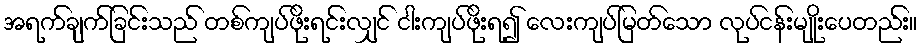
အရက်ချက်ခြင်းသည် တစ်ကျပ်ဖိုးရင်းလျှင် ငါးကျပ်ဖိုးရ၍ လေးကျပ်မြတ်သော လုပ်ငန်းမျိုးပေတည်း။